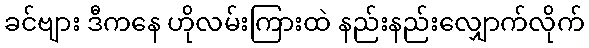
ခင်ဗျား ဒီကနေ ဟိုလမ်းကြားထဲ နည်းနည်းလျှောက်လိုက်